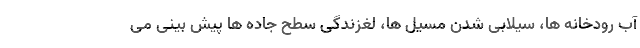
آب رودخانه ها، سیلابی شدن مسیل ها، لغزندگی سطح جاده ها پیش بینی می